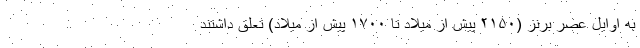
به اوایل عصر برنز (۲۱۵۰ پیش از میلاد تا ۱۷۰۰ پیش از میلاد) تعلق داشتند